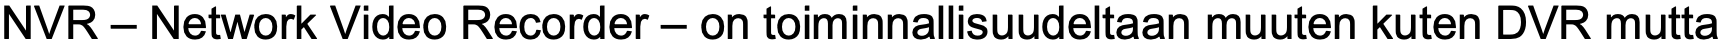
NVR – Network Video Recorder – on toiminnallisuudeltaan muuten kuten DVR mutta